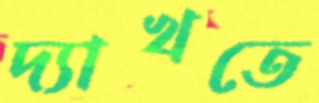
দ্যাখতে